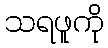
သရဖူကို